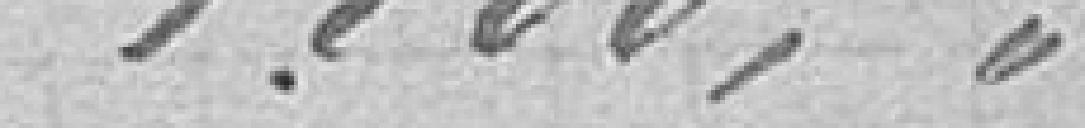
1100